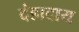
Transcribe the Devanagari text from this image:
दंडादाय